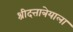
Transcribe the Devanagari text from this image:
श्रीदत्तात्रेयाला